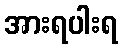
အားရပါးရ